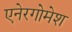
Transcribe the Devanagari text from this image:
एनेरगोमेश